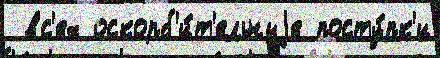
 вс'ех оскорб'и́т'ельныjе посту́пк'и